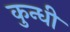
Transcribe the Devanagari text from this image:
कुन्धी